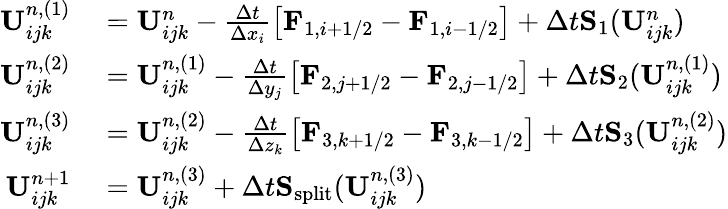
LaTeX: \begin{array}{rl}{\mathbf{U}_{ijk}^{n,(1)}}&{{}=\mathbf{U}_{ijk}^{n}-\frac{\Delta t}{\Delta x_{i}}\left[\mathbf{F}_{1,i+1/2}-\mathbf{F}_{1,i-1/2}\right]+\Delta t\mathbf{S}_{1}(\mathbf{U}_{ijk}^{n})}\\ {\mathbf{U}_{ijk}^{n,(2)}}&{{}=\mathbf{U}_{ijk}^{n,(1)}-\frac{\Delta t}{\Delta y_{j}}\left[\mathbf{F}_{2,j+1/2}-\mathbf{F}_{2,j-1/2}\right]+\Delta t\mathbf{S}_{2}(\mathbf{U}_{ijk}^{n,(1)})}\\ {\mathbf{U}_{ijk}^{n,(3)}}&{{}=\mathbf{U}_{ijk}^{n,(2)}-\frac{\Delta t}{\Delta z_{k}}\left[\mathbf{F}_{3,k+1/2}-\mathbf{F}_{3,k-1/2}\right]+\Delta t\mathbf{S}_{3}(\mathbf{U}_{ijk}^{n,(2)})}\\ {\mathbf{U}_{ijk}^{n+1}}&{{}=\mathbf{U}_{ijk}^{n,(3)}+\Delta t\mathbf{S}_{\mathrm{split}}(\mathbf{U}_{ijk}^{n,(3)})}\end{array}